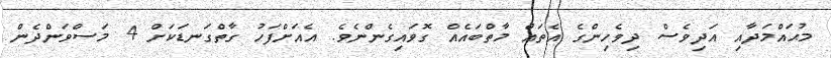
މުޙައްމަދާއި އަދިވެސް ދިވެހިންގެ އެތައް މާތްބައެއް ގޮވައިގެންނެވެ. އެއަށްފަހު ގާތްގަނޑަކަށް 4 މަސްވަންދެން